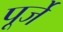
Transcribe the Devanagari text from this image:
पूर्जे